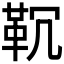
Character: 𱁲